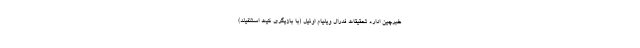
خبرچین اداره تحقیقات فدرال ویلیام اونیل (با بازیگری کیت استنفیلد)